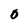
Character: O